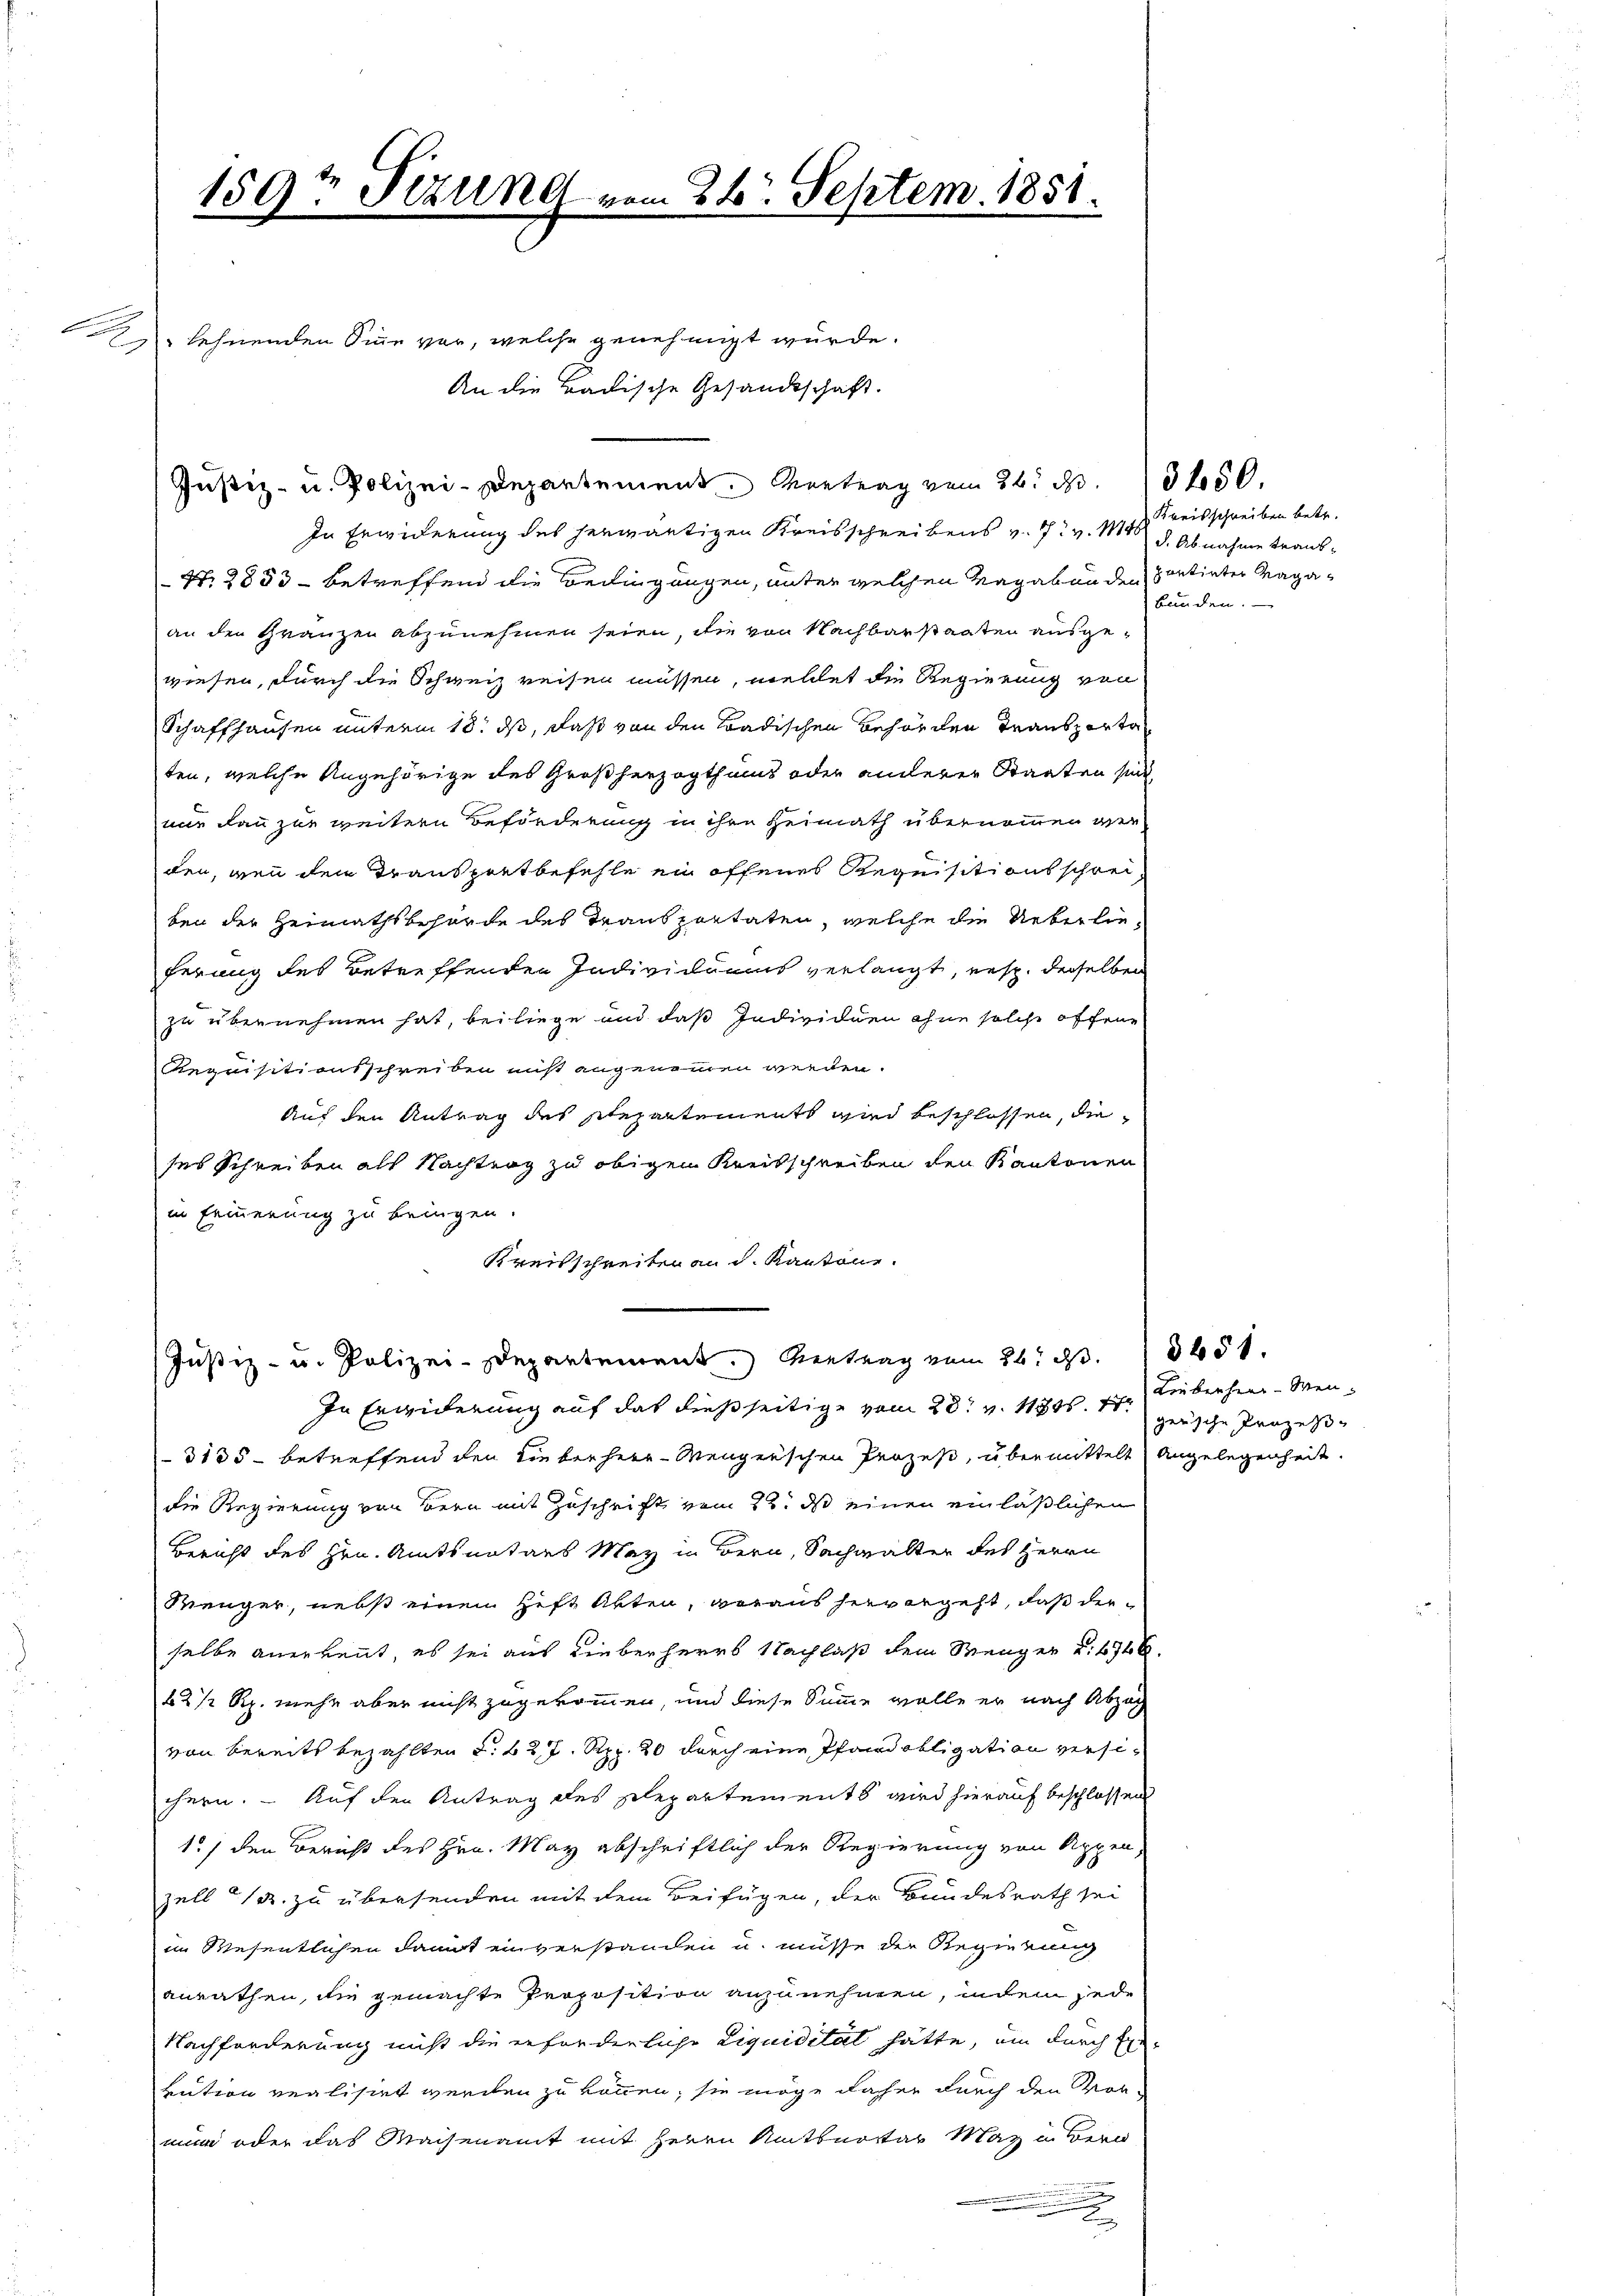
159t Sizung vom 24. Septem. 1851.
 lehnenden Sinne vor, welche genehmigt würde.
An die Badische Gesandtschaft.

Justiz- u. Polizei-Departement. Vortrag vom 26. d. 3650.
In Erwiderung des herwärtigen Kreisschreibens v. 7. v. M. d. Abnahme traub¬
N. 2853 - betreffend die Bedingungen, unter welchen Vagaben den sortirter Magaan den Gränzen abzunehmen seien, die von Nachbarstaaten ausge-
wiesen, durch die Schweiz reisen müssen, meldet die Regierung von
Schaffhausen unterm 18. ds, daß von den Badischen Behörden Transporta
ten, welche Angehörige des Großherzogthums oder anderer Staaten sind
nur dann zur weitern Beförderung in ihre Heimath übernommen werden, wenn den Transportbefehle ein offenes Requisitionsschreiben der Heimathsbehörde des Transportaten, welche die Ueberlieferung des Betreffenden Individuums verlangt, resp. derselben
zu übernehmen hat, beiliege und das Individuen ohne solche offene
Requisitionsschreiben muß angenommen werden.
Auf den Antrag des separtements wird beschlossen, die
ses Schreiben als Nachtrag zu obigen Kreisschreiben den Kantonen
in Erinnerung zu bringen.
Kreisschreiben an d. Kantone.
Justiz- u. Polizei-Departement. Vertrag vom 26. ds.
In Erwiderung auf das dießseitige vom 20t v. 18t.
3135 - betreffend den die bisherr Mengerschen Prozeß, übermittelt Angelegenheit.
die Regierung von Bern mit Zuschrift vom 22. ds einen einläßlichen
Bericht des Hrn. Amtsnotars May in Bern, Sachwalter des Herrn
Renger, nebst einen Heft Akten, voraus hervorgeht, daß derselbe anerkennt, es sei aus Lieberherrs Nachlaß dem Menger u. 4746.
2 1/2 Rp. mehr aber nicht zugekommen, und diese Summe wolle er nach Abzah
von bereits bezahlten §. 22 J. Rpp. 20 durch eine Pfandobligation versichern. — Auf den Antrag des Plepartements wird hierauf beschlossen
1./ den Bericht des Hrn. May abschriftlich der Regierung von Appen,
zell u. zu übersenden mit dem Beifügen, der Bundesrath sei
im Wesentlichen damit einverstanden u. müsse der Regierung
anrathen, die gemachte Proposition anzunehmen, indem jede
Nachforderung nicht die erforderliche Liquidital hätte, um durch Er
vution verlistet werden zu können, sie möge daher durch den Vor-
min oder das Waisenamt mit Herrn Amtburger May in Bern
u
.

Kreisschreiben betr.
bunden.

Lieberheer-Wengerische Prozess

3651.